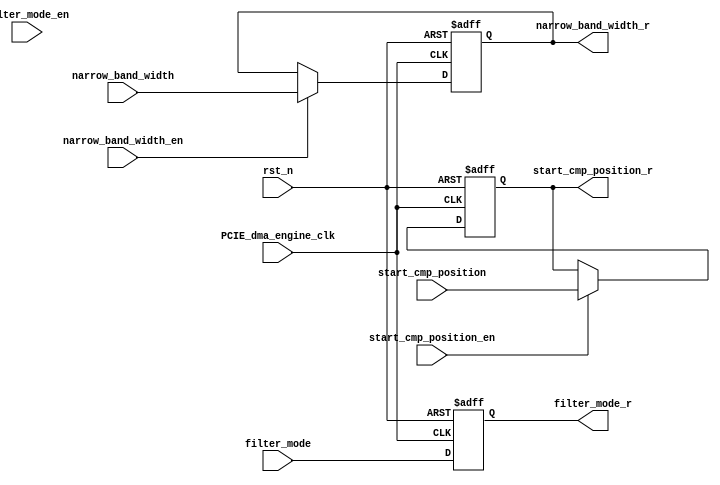
`timescale 1ns / 1ps
//////////////////////////////////////////////////////////////////////////////////
// Company: 
// Engineer: 
// 
// Design Name: 
// Module Name: config_register_file
// Project Name: 
// Target Devices: 
// Tool Versions: 
// Description: 
// 
// Dependencies: 
// 
// Revision:
// Revision 0.01 - File Created
// Additional Comments:
// 
//////////////////////////////////////////////////////////////////////////////////


module config_register_file(
  input         rst_n                       ,// async reset_all
  input  PCIE_dma_engine_clk                ,
  input  [7:0]  narrow_band_width           ,
  input         narrow_band_width_en        ,                                      
  input  [1:0]  filter_mode                 ,
  input         filter_mode_en              ,
  input  [7:0]  start_cmp_position           ,
  input         start_cmp_position_en        ,
  output   reg   [7:0]  narrow_band_width_r='d25 ,
  output   reg   [1:0]  filter_mode_r='b00        ,//'b00 single frequency 
                                //'b01 three frequency   
  output   reg   [7:0]  start_cmp_position_r='d0
);
always@(posedge PCIE_dma_engine_clk or negedge rst_n)
   if(!rst_n)
    narrow_band_width_r<='d25;
 else if(narrow_band_width_en)
    narrow_band_width_r<=narrow_band_width;
    
 always@(posedge PCIE_dma_engine_clk or negedge rst_n)
   if(!rst_n)
    start_cmp_position_r<='d0;
 else if(start_cmp_position_en)
    start_cmp_position_r<=start_cmp_position;

 always@(posedge PCIE_dma_engine_clk or negedge rst_n)
    if(!rst_n)
     filter_mode_r<='b00;
//    else if(filter_mode_en)
    else
     filter_mode_r<=filter_mode;


    endmodule